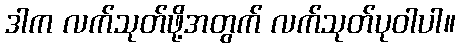
ဒါက လက်သုတ်ဖို့အတွက် လက်သုတ်ပုဝါပါ။